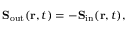
\mathbf { S } _ { \mathrm { o u t } } ( \mathbf { r } , t ) = - \mathbf { S } _ { \mathrm { i n } } ( \mathbf { r } , t ) ,